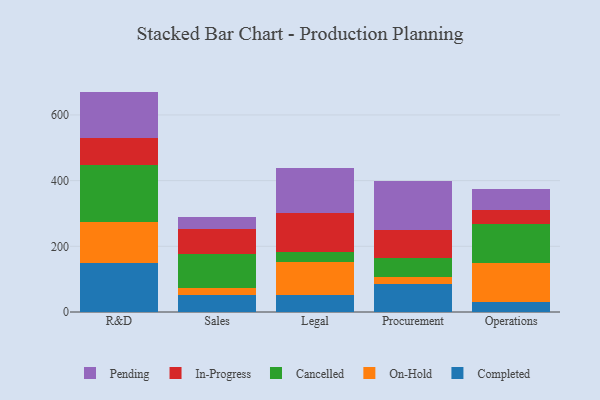
{"axis": {"x": "Department", "y": "Revenue (USD Million)"}, "legend": ["Cancelled", "Completed", "In-Progress", "On-Hold", "Pending"], "data": [{"x": "R&D", "y": 150.6, "type": "Completed"}, {"x": "R&D", "y": 122.0, "type": "On-Hold"}, {"x": "R&D", "y": 175.9, "type": "Cancelled"}, {"x": "R&D", "y": 81.3, "type": "In-Progress"}, {"x": "R&D", "y": 141.3, "type": "Pending"}, {"x": "Sales", "y": 53.3, "type": "Completed"}, {"x": "Sales", "y": 19.0, "type": "On-Hold"}, {"x": "Sales", "y": 103.5, "type": "Cancelled"}, {"x": "Sales", "y": 77.4, "type": "In-Progress"}, {"x": "Sales", "y": 34.7, "type": "Pending"}, {"x": "Legal", "y": 53.0, "type": "Completed"}, {"x": "Legal", "y": 98.5, "type": "On-Hold"}, {"x": "Legal", "y": 30.3, "type": "Cancelled"}, {"x": "Legal", "y": 118.4, "type": "In-Progress"}, {"x": "Legal", "y": 137.7, "type": "Pending"}, {"x": "Procurement", "y": 86.1, "type": "Completed"}, {"x": "Procurement", "y": 21.5, "type": "On-Hold"}, {"x": "Procurement", "y": 56.9, "type": "Cancelled"}, {"x": "Procurement", "y": 85.6, "type": "In-Progress"}, {"x": "Procurement", "y": 147.4, "type": "Pending"}, {"x": "Operations", "y": 29.6, "type": "Completed"}, {"x": "Operations", "y": 120.7, "type": "On-Hold"}, {"x": "Operations", "y": 118.4, "type": "Cancelled"}, {"x": "Operations", "y": 42.1, "type": "In-Progress"}, {"x": "Operations", "y": 65.1, "type": "Pending"}]}